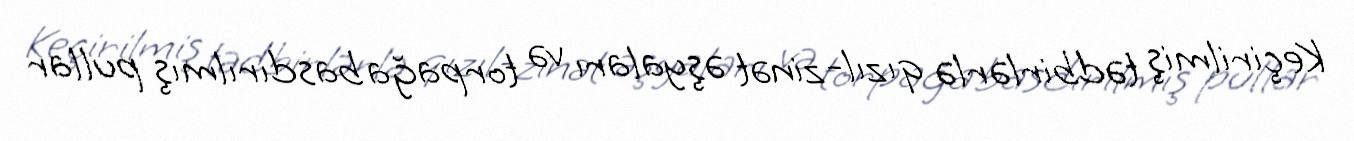
Keçirilmiş tədbirlərlə qızıl-zinət əşyaları və torpağa basdırılmış pullar